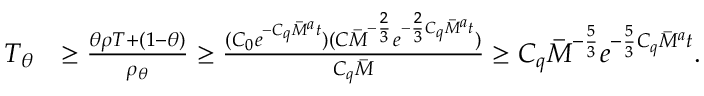
\begin{array} { r l } { T _ { \theta } } & { \geq \frac { \theta \rho T + ( 1 - \theta ) } { \rho _ { \theta } } \geq \frac { ( C _ { 0 } e ^ { - C _ { q } \overbar { M } ^ { a } t } ) ( C \overbar { M } ^ { - \frac { 2 } { 3 } } e ^ { - \frac { 2 } { 3 } C _ { q } \overbar { M } ^ { a } t } ) } { C _ { q } \overbar { M } } \geq C _ { q } \overbar { M } ^ { - \frac { 5 } { 3 } } e ^ { - \frac { 5 } { 3 } C _ { q } \overbar { M } ^ { a } t } . } \end{array}